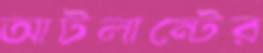
আটলান্টের